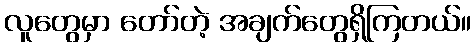
လူတွေမှာ တော်တဲ့ အချက်တွေရှိကြတယ်။